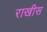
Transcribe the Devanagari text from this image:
राखीस